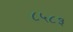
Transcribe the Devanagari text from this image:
८५८३